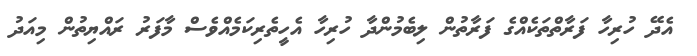
އެދޭ ހުރިހާ ފަރާތްތަކެއްގެ ފަރާތުން ލިބެމުންދާ ހުރިހާ އެހީތެރިކަމެއްވެސް މާފަރު ރައްޔިތުން މިއަދު